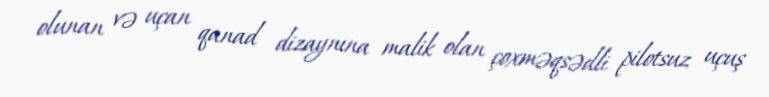
olunan və uçan qanad dizaynına malik olan çoxməqsədli pilotsuz uçuş